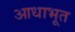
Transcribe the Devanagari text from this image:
आधाभूत